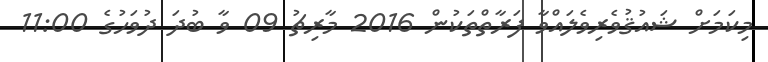
މިކަމަށް ޝައުޤުވެރިވެލައްވާ ފަރާތްތަކުން 2016 މާރިޗު 09 ވާ ބުދަ ދުވަހުގެ 11:00